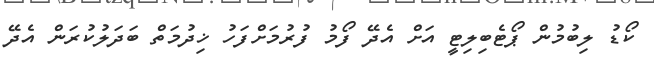
ކޯޑު ލިބުމުން ޕޯޓެބިލިޓީ އަށް އެދޭ ފޯމު ފުރުމަށްފަހު ޚިދުމަތް ބަދަލުކުރަން އެދޭ